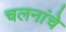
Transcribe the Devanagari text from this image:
चलनांचे